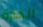
الحارة